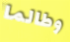
وطالما